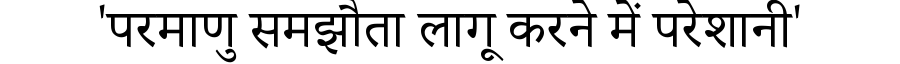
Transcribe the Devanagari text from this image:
'परमाणु समझौता लागू करने में परेशानी'